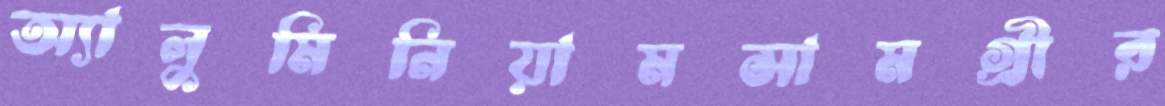
অ্যালুমিনিয়ামসামগ্রীর